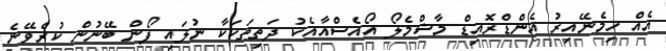
އެއް ހިމެނޭއިރު އެންޑްރޮއިޑް މާޝްމެލޯ އޯއެސްއާއެކު ދަތިތަކަކާ ނުލައި ފޯން ބޭނުން ކުރެވޭނެ